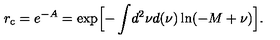
r _ { \mathrm { c } } = e ^ { - A } = \exp \Bigl [ - \int \! d ^ { 2 } \nu d ( \nu ) \ln ( - M + \nu ) \Bigr ] .